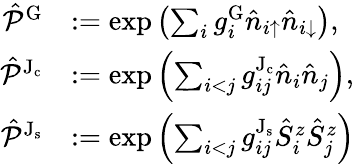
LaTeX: \begin{array}{rl}{\hat{\mathcal{P}}^{\mathrm{G}}}&{:=\exp\left(\sum_{i}g_{i}^{\mathrm{G}}\hat{n}_{i{\uparrow}}\hat{n}_{i{\downarrow}}\right),}\\ {\hat{\mathcal{P}}^{\mathrm{J_{c}}}}&{:=\exp\left(\sum_{i<j}g_{ij}^{\mathrm{J_{c}}}\hat{n}_{i}\hat{n}_{j}\right),}\\ {\hat{\mathcal{P}}^{\mathrm{J_{s}}}}&{:=\exp\left(\sum_{i<j}g_{ij}^{\mathrm{J_{s}}}\hat{S}_{i}^{z}\hat{S}_{j}^{z}\right)}\end{array}